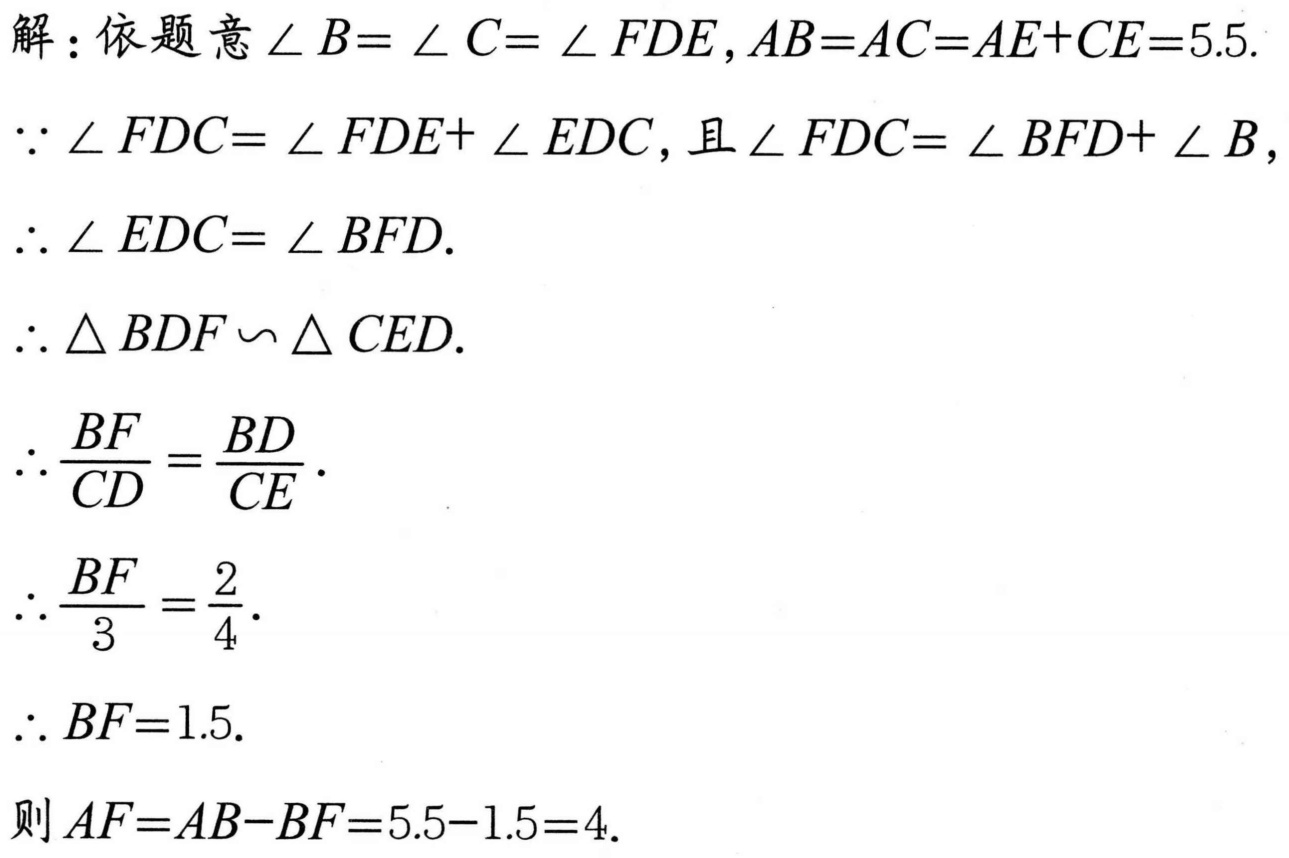
解：依题意 \(\angle B = \angle C=\angle FDE\)，\(AB = AC=AE + CE = 5.5\).
\(\because \angle FDC=\angle FDE+\angle EDC\)，且 \(\angle FDC=\angle BFD+\angle B\)，
\(\therefore \angle EDC=\angle BFD\).
\(\therefore \triangle BDF\backsim \triangle CED\).
\(\therefore \frac{BF}{CD}=\frac{BD}{CE}\).
\(\therefore \frac{BF}{3}=\frac{2}{4}\).
\(\therefore BF = 1.5\).
则 \(AF=AB - BF=5.5 - 1.5 = 4\).